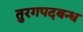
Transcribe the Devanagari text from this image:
तुरगपदबन्ध